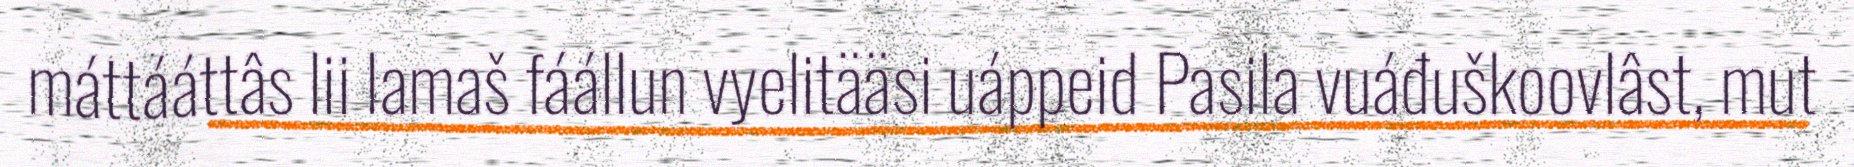
máttááttâs lii lamaš fáállun vyelitääsi uáppeid Pasila vuáđuškoovlâst, mut